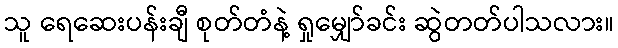
သူ ရေဆေးပန်းချီ စုတ်တံနဲ့ ရှုမျှော်ခင်း ဆွဲတတ်ပါသလား။